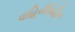
વાહિનીવિહીન